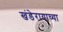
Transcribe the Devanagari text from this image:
खंडेरायाच्या